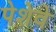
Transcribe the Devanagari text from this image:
पेशेवे